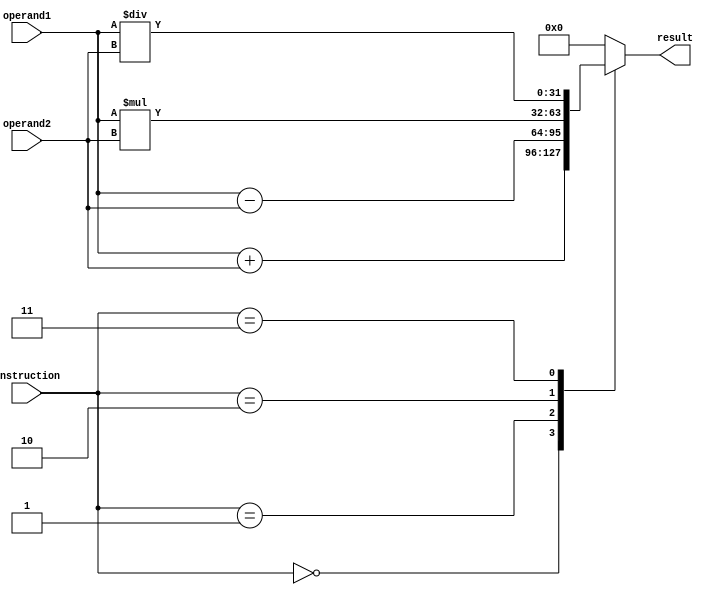
module Complex_ALU (
  input [31:0] operand1,
  input [31:0] operand2,
  input [3:0] instruction,
  output reg [31:0] result
);

reg [31:0] add_result, sub_result, mul_result, div_result;

always @(*) begin
  case (instruction)
    4'b0000: result = add_result;  // Addition operation
    4'b0001: result = sub_result;  // Subtraction operation
    4'b0010: result = mul_result;  // Multiplication operation
    4'b0011: result = div_result;  // Division operation
    default: result = 0;           // Default case
  endcase
end

assign add_result = operand1 + operand2;
assign sub_result = operand1 - operand2;
assign mul_result = operand1 * operand2;
assign div_result = operand1 / operand2;

endmodule